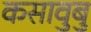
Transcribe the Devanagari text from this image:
कसावुबु